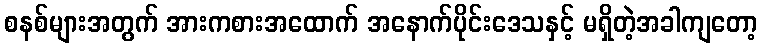
စနစ်များအတွက် အားကစားအထောက် အနောက်ပိုင်းဒေသနှင့် မရှိတဲ့အခါကျတော့